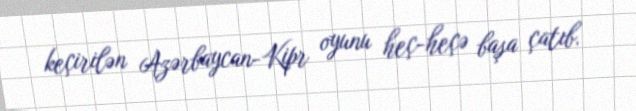
keçirilən Azərbaycan-Kipr oyunu heç-heçə başa çatıb.